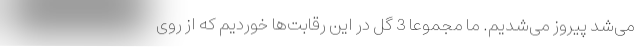
می‌شد پیروز مى‌شدیم. ما مجموعا 3 گل در این رقابت‌ها خوردیم که از روى